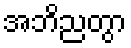
အဘိညတွာ